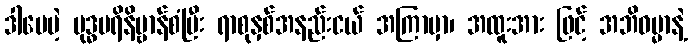
ဒါပေမဲ့ ဗုဒ္ဓပရိနိဗ္ဗာန်စံပြီး ရာစုနှစ်အနည်းငယ် အကြာမှာ၊ အထူးအား ဖြင့် အဘိဓမ္မာနဲ့